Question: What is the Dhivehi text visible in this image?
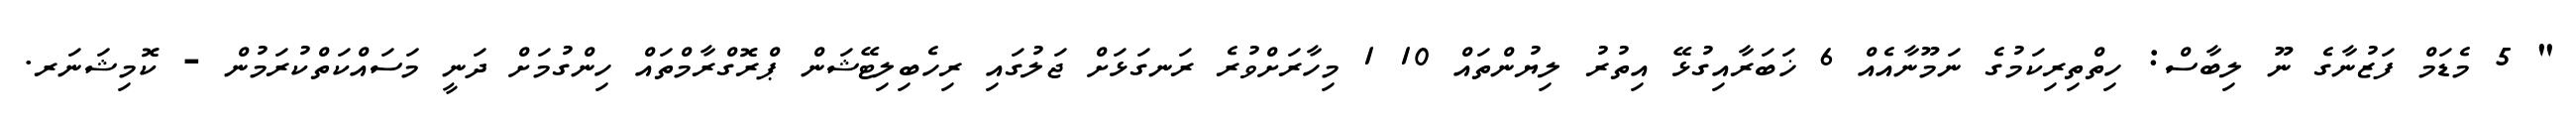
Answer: " 5 މެޑަމް ފަޒުނާގެ ނޫ ލިބާސް: ހިތްތިރިކަމުގެ ނަމޫނާއެއް 6 ޚަބަރާއިގުޅޭ އިތުރު ލިޔުންތައް 10 1 މިހާރަށްވުރެ ރަނގަޅަށް ޖަލުގައި ރިހެބިލިޓޭޝަން ޕްރޮގްރާމްތައް ހިންގުމަށް ދަނީ މަސައްކަތްކުރަމުން - ކޮމިޝަނަރ.